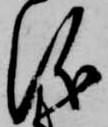
儀